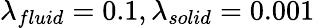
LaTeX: \lambda_{fluid}=0.1,\lambda_{solid}=0.001